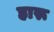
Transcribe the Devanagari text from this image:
हारू